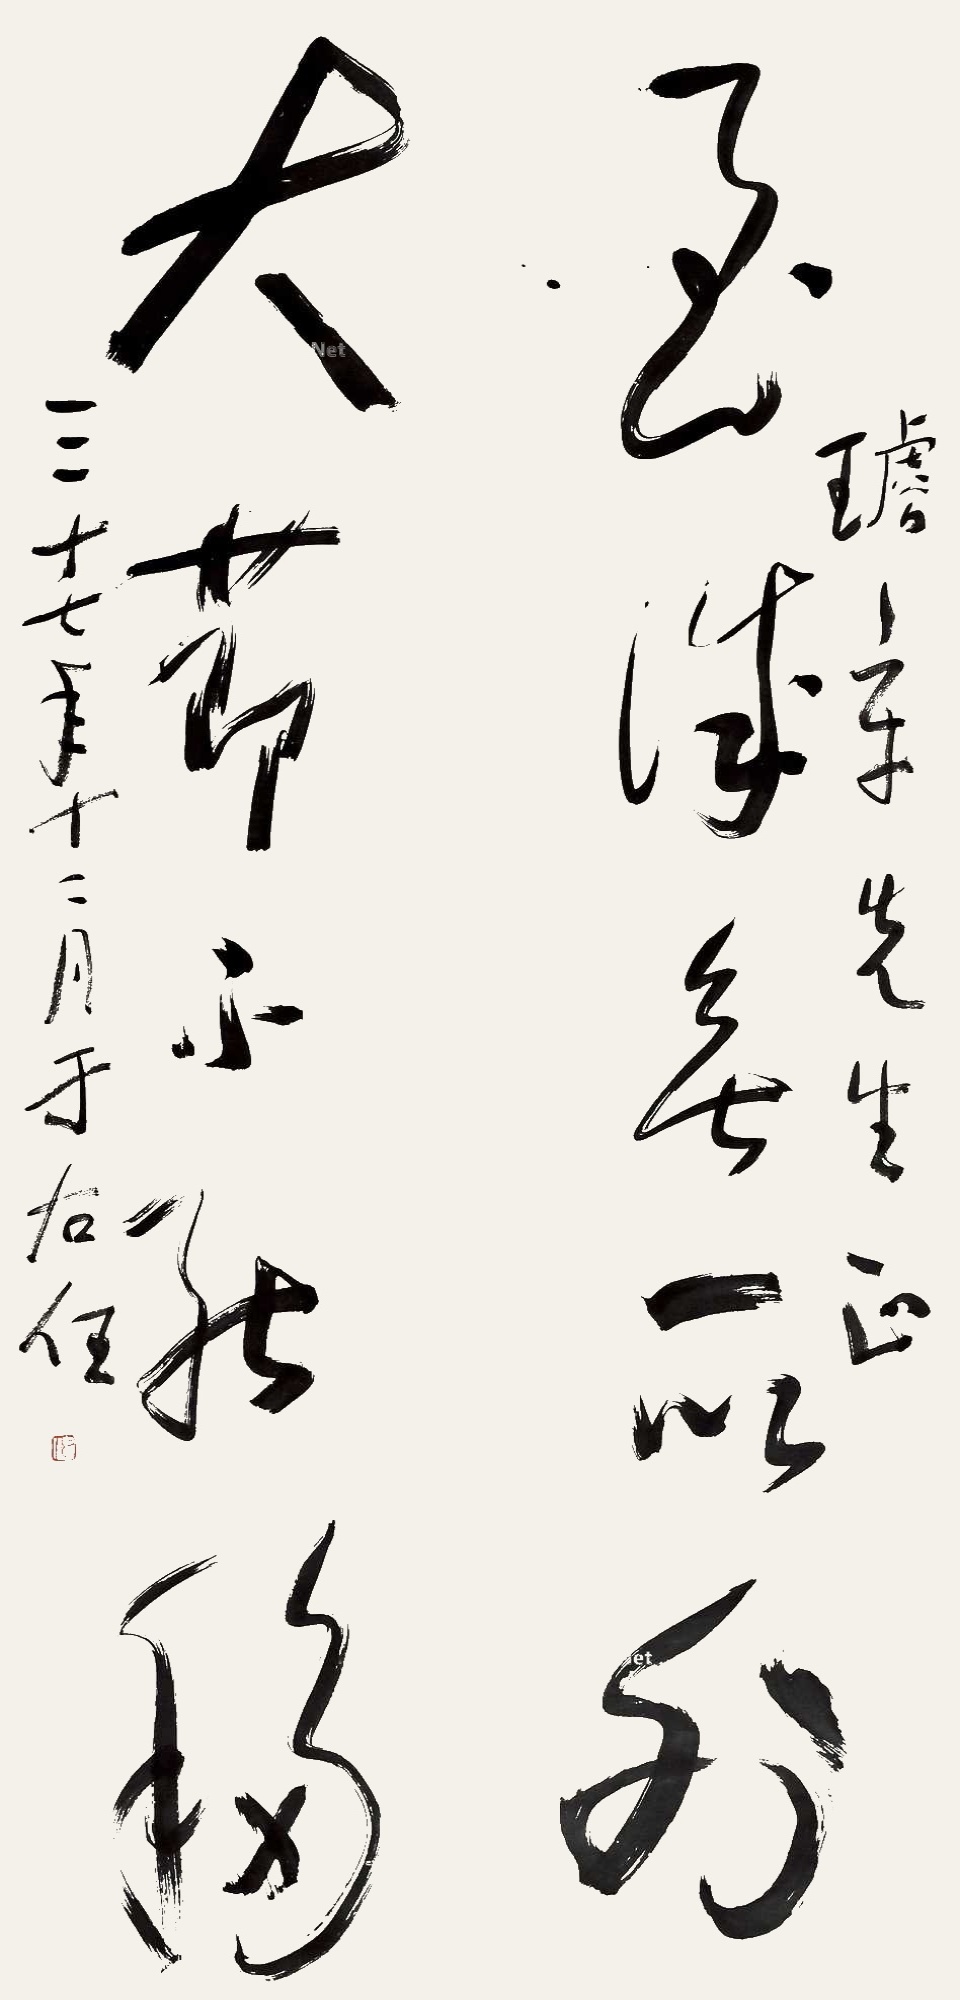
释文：至诚无所外，大节不能移。璇章先生正。三十七年十二月，于右任。